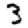
Digit: 3